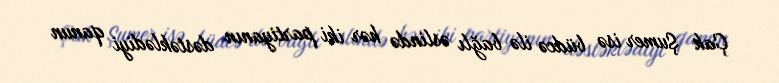
Çak Şumer isə büdcə ilə bağlı əslində hər iki partiyanın dəstəklədiyi qanun